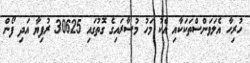
ހުރިހާ އެލަވަންސްތަކަކާއި އެކު މަހު މުސާރައިގެ ގޮތުގައި 30625 ރުފިޔާ އަދި ފޯން